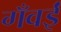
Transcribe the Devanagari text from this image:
गँवईं